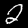
Digit: 2